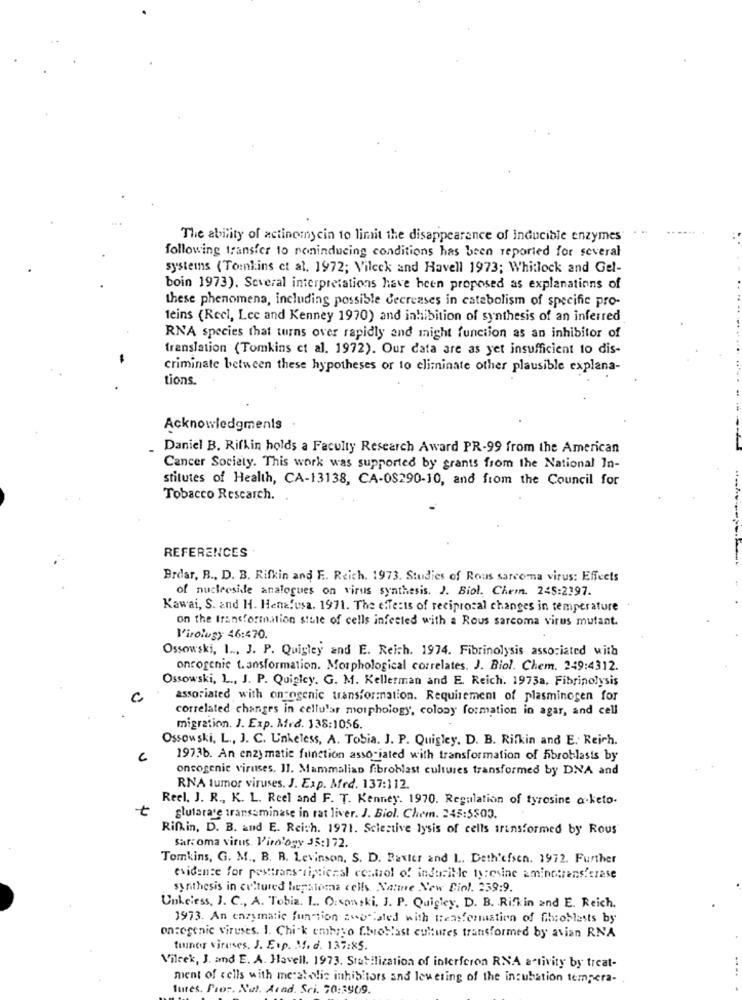
The ability of actinomycin to limit the disappearance of inducible enzymes'
following transfer to noninducing conditions has been reported for several
systems ( Tomkins et al. 1972; Vileck and Havell 1973; Whitlock and Gel-
boin 1973). Several interpretations have been proposed as explanations of
these phenomena, including possible decreases in catebolism of specific pro-
feins (Reel, Lee and Kenney 1970) and inhibition of synthesis of an inferred
RNA species that turns over rapidly and might function as an inhibitor of
translation (Tomkins et al. 1972). Our data are as yet insufficient to dis-
-
criminate between these hypotheses or to eliminate other plausible explana-
tions.
Acknowledgments
Daniel B. Rifkin holds a Faculty Research Award PR-99 from the American
Cancer Society. This work was supported by grants from the National In-
stitutes of Health, CA-13138, CA-08290-10, and from the Council for
Tobacco Research. .
REFERENCES
Brdar, B ., D. B. Rifkin and E. Reich. 1973. Studies of Rous sarcoma virus: Effects
of nucleoside analogues on virus synthesis. J. Biol. Chem. 245:2397.
Kawai, S. and H. Henafusa. 1971. The effects of reciprocal changes in temperature .
on the transformation stute of cells infected with a Rous sarcoma virus mutant.
Virology 46:470.
Ossowski, 1 .., J. P. Quigley and E. Reich. 1974. Fibrinolysis associated with
oncogenic t. ansformation. Morphological correlates. J. Biol. Chem. 249:4312.
Ossowski, L ., J. P. Quigley. G. M. Kellerman and E. Reich. 1973a, Fibrinolysis
c
associated with oncogenic transformation. Requirement of plasminogen for
correlated changes in cellular morphology', colony formation in agar, and cell
migration. J. Exp. Med. 138:1056.
Ossowski, L ., J. C. U'nkeless, A. Tobia. J. P. Quigley. D. B. Rifkin and E. Reich.
6
19736. An enzy matic function associated with transformation of fibroblasts by
oncogenic viruses. 11. Mammalian fibroblast cultures transformed by DNA and
RNA tumor viruses. J. Exp. Med. 137:112.
Reel, J. R ., K. L. Reel and F. T. Kenney. 1970. Regulation of tyrosine a-keto.
t
slutarare transaminase in rat liver. J. Biol. Chem. 245:5503.
Rifkin, D. B. and E. Reich. 1971. Selective lysis of cells trinsformed by Rous
sar: oma virus. Virology 35:172.
Tomkins, G. M ., B. R. Levinson, S. D. Baxter and L. Deth'efsen. 1972. Further
evidence for pesttranscriptional control of indusille tyrosine aminotransferase
synthesis in cultured hematoma cells. Naine New Diol. 239:9.
Unkeless, J. C ., A. Tobia, L. O:conski, J. P. Quigley. D. B. Rifkin and E. Reich.
1973. An enzymatic function Evo laled with treasformation of fibroblasts by
oncogenic viruses. I. Chi-k embryo fibroblast cultures transformed by avian RNA
tumor viruses. J. E.p. M. d. 137:85.
Vileek, J. and E. A. Havell. 1973. Stabilization of interferon RNA activity by treat-
ment of cells with metallic inhibitors and levering of the incubation tempera-
Sutes. Prot. Nul. Acad. Sci. 70:3909.